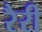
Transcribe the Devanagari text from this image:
रैरी